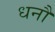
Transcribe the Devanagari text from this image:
धनौ